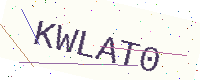
Text: KWLAT0